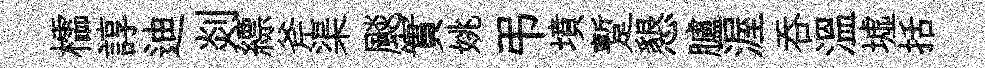
櫺諄迪剡縹斧渠颷實姚弔墳蹔懇臚渥呑温墟括